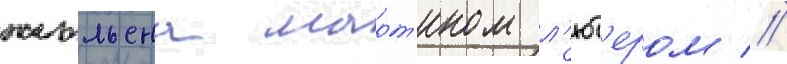
жюльена март'ином л'ют'ером //